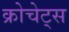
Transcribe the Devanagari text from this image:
क्रोचेट्स